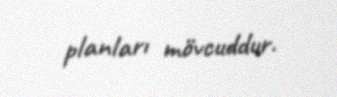
planları mövcuddur.